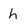
Character: h